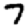
Digit: 7